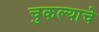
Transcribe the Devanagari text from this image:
चुकल्याचे